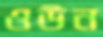
ওউন